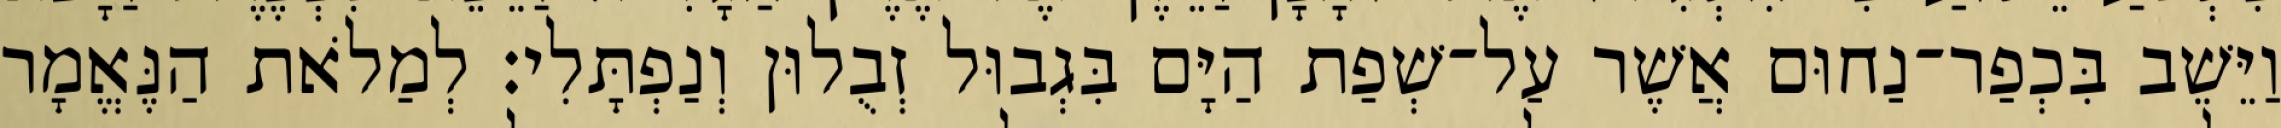
וַיֵּשֵׁב בִּכְפַר־נַחוּם אֲשֶׁר עַל־שְׁפַת הַיָּם בִּגְבוּל זְבֻלוּן וְנַפְתָּלִי׃ לְמַלֹאת הַנֶּאֱמָר